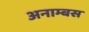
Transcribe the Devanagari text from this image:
अनाम्बस